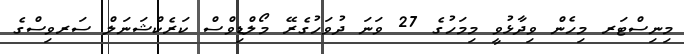
މިނިސްޓަރ މިހެން ވިދާޅުވީ މިމަހުގެ 27 ވަނަ ދުވަހުގެރޭ މޯލްޑިވްސް ކަރެކްޝަނަލް ސަރވިސްގެ